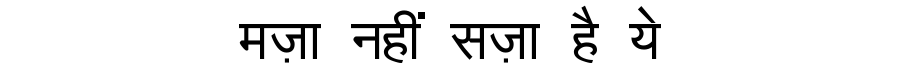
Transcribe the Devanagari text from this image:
मज़ा नहीं सज़ा है ये